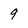
Character: q